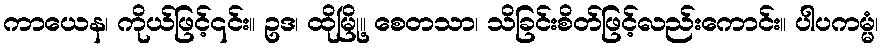
ကာယေန၊ ကိုယ်ဖြင့်၎င်း။ ဥဒ၊ ထိုမြို့။ စေတသာ၊ သိခြင်းစိတ်ဖြင့်လည်းကောင်း။ ပါပကမ္မံ၊